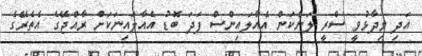
އަދި ވިދާޅުވީ ސްރީ ލަންކަން އެއާލައިންސް ފަދަ ބޮޑު އެއާލައިނަކަށް ރާއްޖޭގެ އެތެރޭގެ